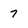
Character: 7